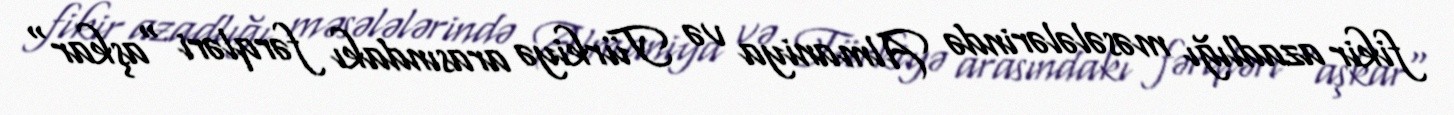
fikir azadlığı məsələlərində Almaniya və Türkiyə arasındakı fərqləri "aşkar"